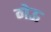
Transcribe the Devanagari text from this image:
गेऊ